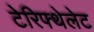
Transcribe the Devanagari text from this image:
टेरिफ्थेलेट